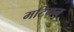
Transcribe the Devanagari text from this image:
मटिगन